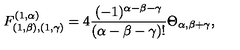
F _ { ( 1 , \beta ) , ( 1 , \gamma ) } ^ { ( 1 , \alpha ) } = 4 \frac { ( - 1 ) ^ { \alpha - \beta - \gamma } } { ( \alpha - \beta - \gamma ) ! } \Theta _ { \alpha , \beta + \gamma } ,